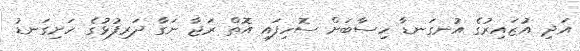
އަދި އުޒައިރުގެ އުނގަނޑާ ހިސާބަށް ސޮހިފައި އޮތް ރަޖާ ނަގާ ދަރިފުޅުގެ ހަށިގަނޑު